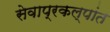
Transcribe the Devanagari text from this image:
सेवाप्रकल्पांत